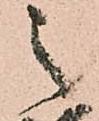
之